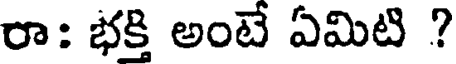
రా: భక్తి అంటే ఏమిటి ?